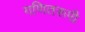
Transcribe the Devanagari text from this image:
गणितरूपी